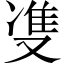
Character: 㕠